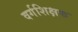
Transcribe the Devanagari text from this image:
वर्गशिक्षक